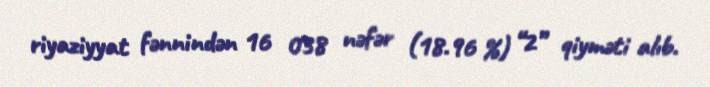
riyaziyyat fənnindən 16 038 nəfər (18.96 %) “2” qiyməti alıb.